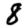
Digit: 8